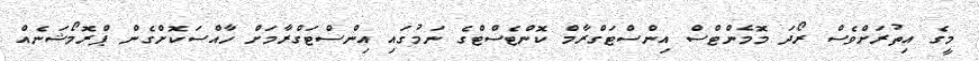
މީގެ އިތުރަށްވެސް ރޯދަ މޮމެންޓްސް އިންސްޓަގްރާމް ކޮންޓެސްޓްގެ ނަމުގައި އިންސްޓަގްރާމަށް ހާއްސަކޮށްގެން ޕްރޮމޯޝަނެއް